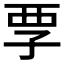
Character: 𡥟